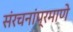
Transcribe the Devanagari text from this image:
संरचनांप्रमाणे